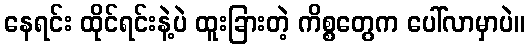
နေရင်း ထိုင်ရင်းနဲ့ပဲ ထူးခြားတဲ့ ကိစ္စတွေက ပေါ်လာမှာပဲ။